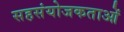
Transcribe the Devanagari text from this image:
सहसंयोजकताओं